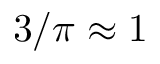
3 / \pi \approx 1